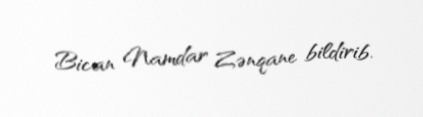
Bican Namdar Zənqane bildirib.